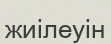
жиілеуін